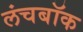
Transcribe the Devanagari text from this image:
लंचबॉक